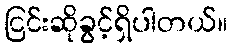
ငြင်းဆိုခွင့်ရှိပါတယ်။